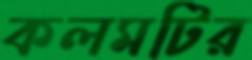
কলমটির